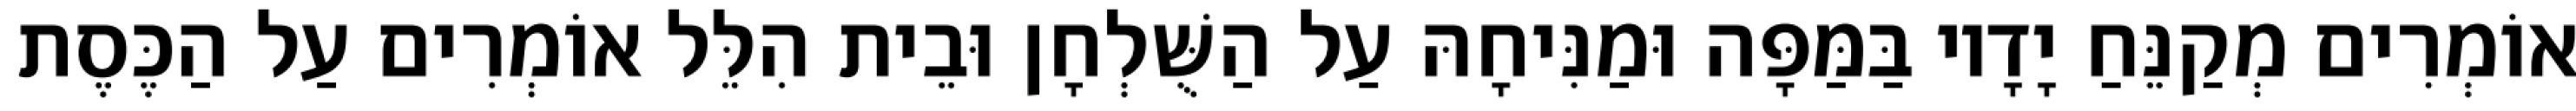
אוֹמְרִים מְקַנֵּחַ יָדָיו בַּמַּפָּה וּמַנִּיחָהּ עַל הַשֻּׁלְחָן וּבֵית הִלֵּל אוֹמְרִים עַל הַכֶּסֶת